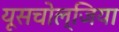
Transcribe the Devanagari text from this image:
यूसचोल्जिया